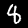
Digit: 8